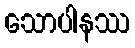
သောပါနဿ